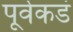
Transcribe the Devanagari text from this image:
पूर्वेकडं